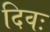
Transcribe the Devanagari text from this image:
दिवः